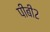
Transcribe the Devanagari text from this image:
पीबी२